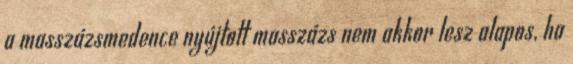
a masszázsmedence nyújtott masszázs nem akkor lesz alapos, ha